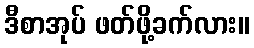
ဒီစာအုပ် ဖတ်ဖို့ခက်လား။